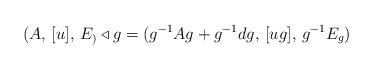
LaTeX: \begin{align*} (A, \, [u],\, E_) \triangleleft g = (g^{-1} A g + g^{-1} d g , \, [ug], \, g^{-1} E_ g)\end{align*}